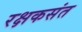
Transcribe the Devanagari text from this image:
रक्षकसंत